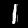
Digit: 1